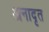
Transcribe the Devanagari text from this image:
अनादृत